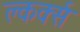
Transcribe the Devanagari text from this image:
क्लर्क्स